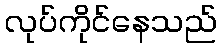
လုပ်ကိုင်နေသည်